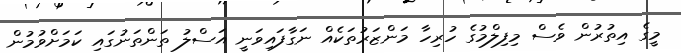
މީގެ އިތުރުން ވެސް މިފިލްމުގެ ހުރިހާ މަންޒަރުތަކެއް ނަގާފައިވަނީ އަސްލު ތަންތަނުގައި ކަމަށްވުމުން